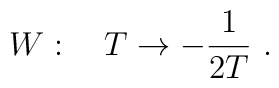
W :\quad T\rightarrow -\frac{1}{2T} \ .